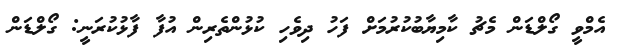
އެމްވީ ގޯލްޑަން މެޗު ކާމިޔާބުކުރުމަށް ފަހު ދިވެހި ކުޅުންތެރިން އުފާ ފާޅުކުރަނީ: ގޯލްޑަން